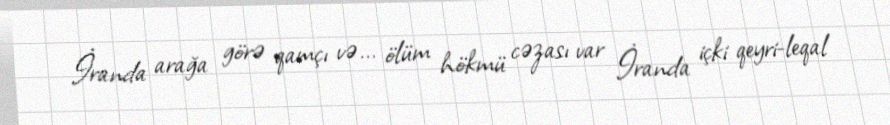
İranda arağa görə qamçı və... ölüm hökmü cəzası var İranda içki qeyri-leqal